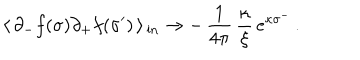
\langle \, \partial _ { - } f ( \sigma ) \partial _ { + } f ( \sigma ^ { \prime } ) \, \rangle \, _ { \mathrm { { i n } } } \rightarrow - \, \frac { 1 } { 4 \pi } \, \frac { \kappa } { \xi } \, e ^ { \kappa \sigma ^ { - } } \, .